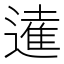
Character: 𨖫